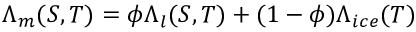
\Lambda _ { m } ( S , T ) = \phi \Lambda _ { l } ( S , T ) + ( 1 - \phi ) \Lambda _ { i c e } ( T )